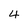
Character: 4